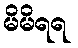
မိမိရရ